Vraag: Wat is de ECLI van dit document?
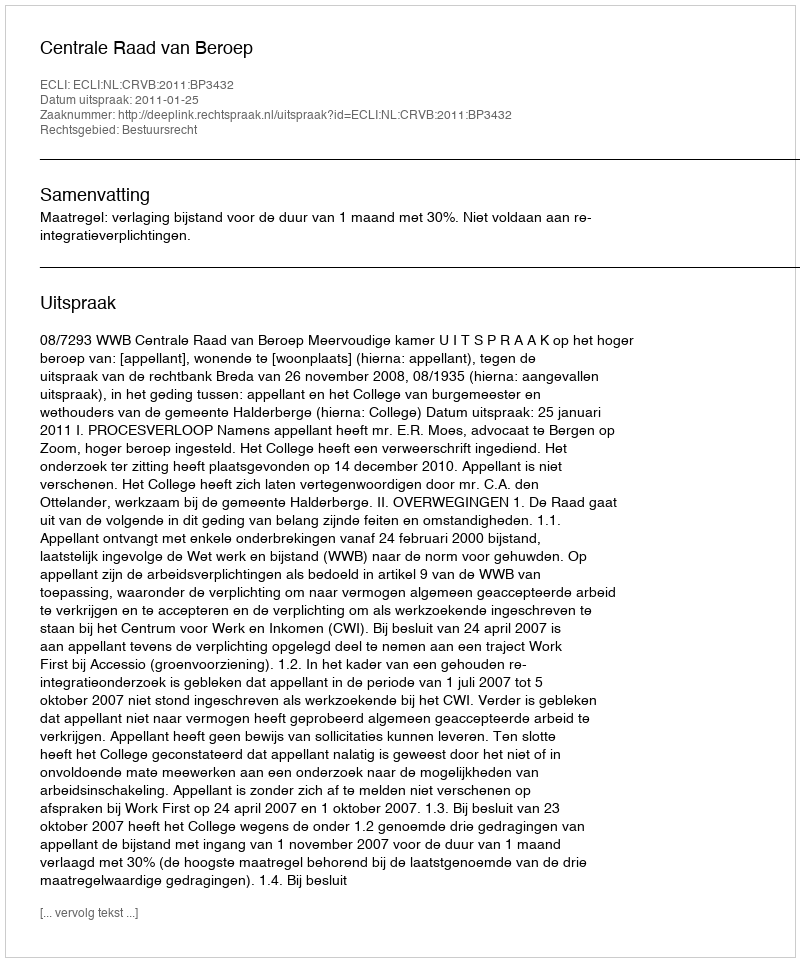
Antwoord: ECLI:NL:CRVB:2011:BP3432